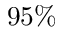
9 5 \%